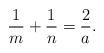
LaTeX: \begin{align*}\frac{1}{m} +\frac{1}{n} =\frac{2}{a}.\end{align*}